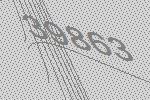
39863